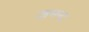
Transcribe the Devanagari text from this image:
ज़मन्द